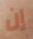
إن